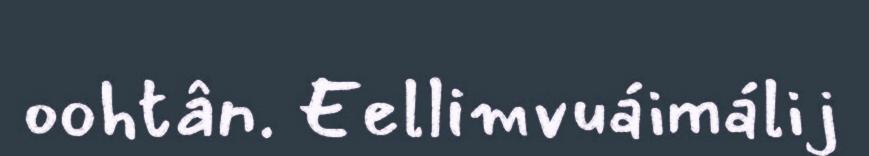
oohtân. Eellimvuáimálij